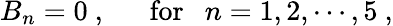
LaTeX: B_{n}=0\ ,~~~~~~\mathrm{for}~~~n=1,2,\cdots,5\ ,